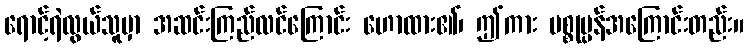
ရောင့်ရဲလွယ်သူမှာ အဆင်းကြည်လင်ကြောင်း ဟောထား၏၊ ဤကား ပစ္စုပ္ပန်အကြောင်းတည်း။